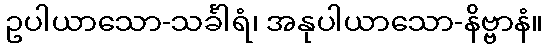
ဥပါယာသော-သင်္ခါရံ၊ အနုပါယာသော-နိဗ္ဗာနံ။